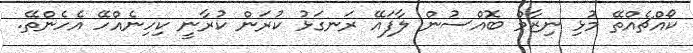
ކޯއްޗެއްތޭ މުޅި ނިޒާމް ބޮއްސުން ލާފައޭ ރަނގަޅު ކުރަން ކުރާނީ ކިހިނެއްހޭ އެހެންތޭ.